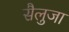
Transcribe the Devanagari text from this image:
सैलुजा